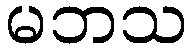
မဘသ